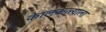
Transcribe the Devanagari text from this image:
केालकत्त्याला